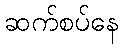
ဆက်စပ်နေ